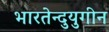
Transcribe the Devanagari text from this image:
भारतेन्दुयुगीन